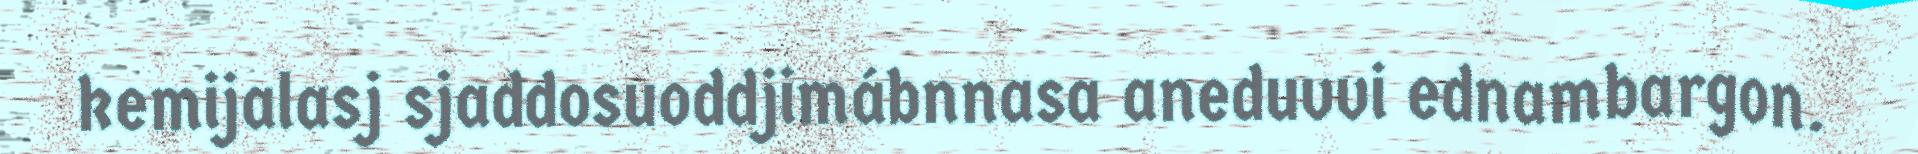
kemijalasj sjaddosuoddjimábnnasa aneduvvi ednambargon.